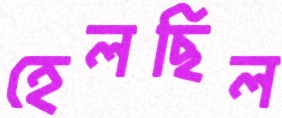
হেলছিল